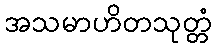
အသမာဟိတသုတ္တံ